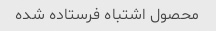
محصول اشتباه فرستاده شده